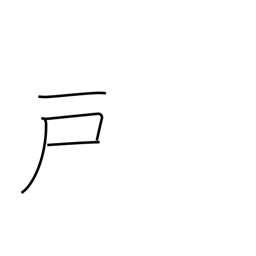
Meaning: door